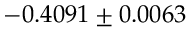
- 0 . 4 0 9 1 \pm 0 . 0 0 6 3